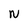
Character: N